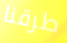
طرقنا